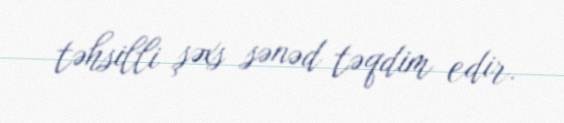
təhsilli şəxs sənəd təqdim edir.